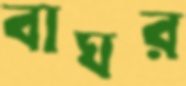
বাঘর